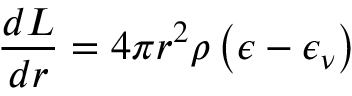
{ \frac { d L } { d r } } = 4 \pi r ^ { 2 } \rho \left( \epsilon - \epsilon _ { \nu } \right)